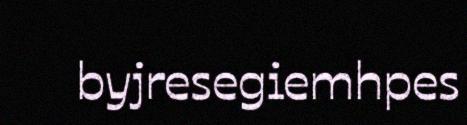
byjresegiemhpes